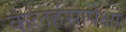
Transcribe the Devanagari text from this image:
कलहंसापेक्षा